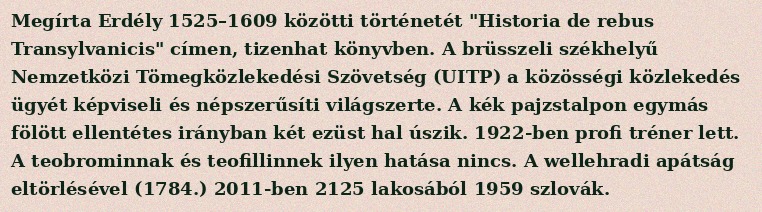
Megírta Erdély 1525–1609 közötti történetét "Historia de rebus Transylvanicis" címen, tizenhat könyvben. A brüsszeli székhelyű Nemzetközi Tömegközlekedési Szövetség (UITP) a közösségi közlekedés ügyét képviseli és népszerűsíti világszerte. A kék pajzstalpon egymás fölött ellentétes irányban két ezüst hal úszik. 1922-ben profi tréner lett. A teobrominnak és teofillinnek ilyen hatása nincs. A wellehradi apátság eltörlésével (1784.) 2011-ben 2125 lakosából 1959 szlovák.